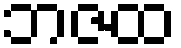
ဘဇထ